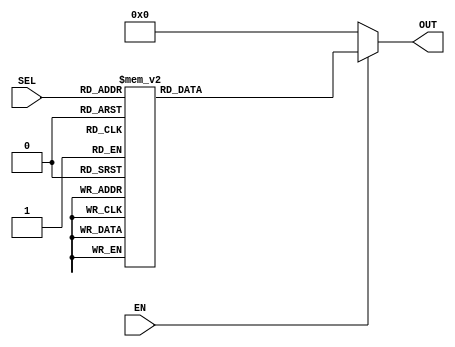
`timescale 1ns/1ns

module decoder8(
    input [2:0] SEL,
    input EN,
    output reg [7:0] OUT
);

always @(*) begin
    if(EN) begin
        case(SEL)
            3'b000: OUT <= 8'b00000001;
            3'b001: OUT <= 8'b00000010;
            3'b010: OUT <= 8'b00000100;
            3'b011: OUT <= 8'b00001000;
            3'b100: OUT <= 8'b00010000;
            3'b101: OUT <= 8'b00100000;
            3'b110: OUT <= 8'b01000000;
            3'b111: OUT <= 8'b10000000;
        endcase
    end else OUT <= 8'b00000000;
end

endmodule // decoder8